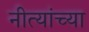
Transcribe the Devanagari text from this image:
नीत्यांच्या